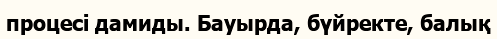
процесі дамиды. Бауырда, бүйректе, балық